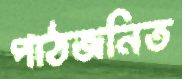
পাঠজনিত